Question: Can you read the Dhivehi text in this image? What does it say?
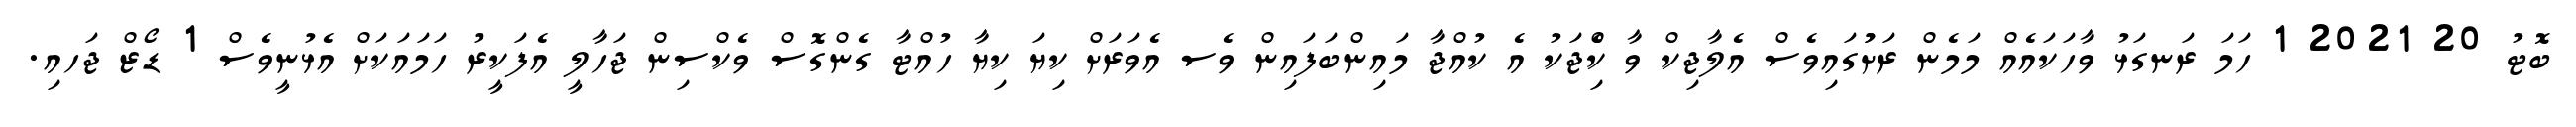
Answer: ބޮޓު 20 2021 1 ހަމަ ރަނގަޅު ވާހަކައެއް މަމެން ރަށުުގައިވެސް އެލާޖިކް ވާ ކިެްޖަކު އެ ކުއްޖާ މައިންބަފައިން ވެސ އެވަރަށް ކިޔަ ކިޔާ ހުއްޓާ ގެންގޮސް ވެކްސިން ޖަހާލީ އެފަކީރު ހަމައަކަށް އެޅުނީވެސް 1 ޑޯޒް ޖަހއި.